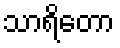
သာရိတော